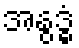
အနွဒ္ဓံ